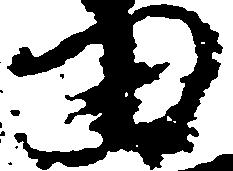
田